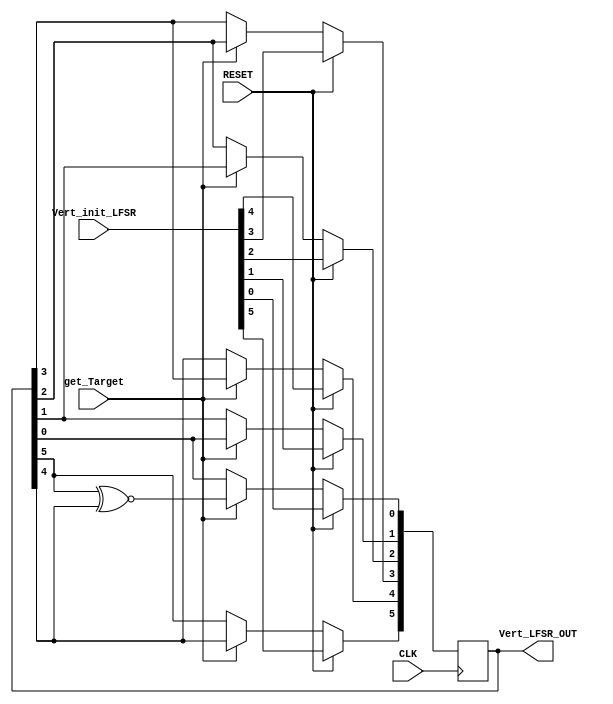
module Bit_6_LFSR(
                  input  RESET,    
                  input   CLK,     
                  input  [5:0]  Vert_init_LFSR,     
                  input   get_Target,        
                  output  [5:0] Vert_LFSR_OUT  
                 );


   reg  [5:0]  random_6_bits;
   assign Vert_LFSR_OUT = random_6_bits;


   always@(posedge CLK) begin
       if(RESET)
           random_6_bits <= Vert_init_LFSR;
       else if(get_Target) begin
           random_6_bits[0] <= random_6_bits[5] ~^ random_6_bits[4];
           random_6_bits[1] <= random_6_bits[0];
           random_6_bits[2] <= random_6_bits[1];
           random_6_bits[3] <= random_6_bits[2];
           random_6_bits[4] <= random_6_bits[3];
           random_6_bits[5] <= random_6_bits[4];
           
       end
   end

endmodule